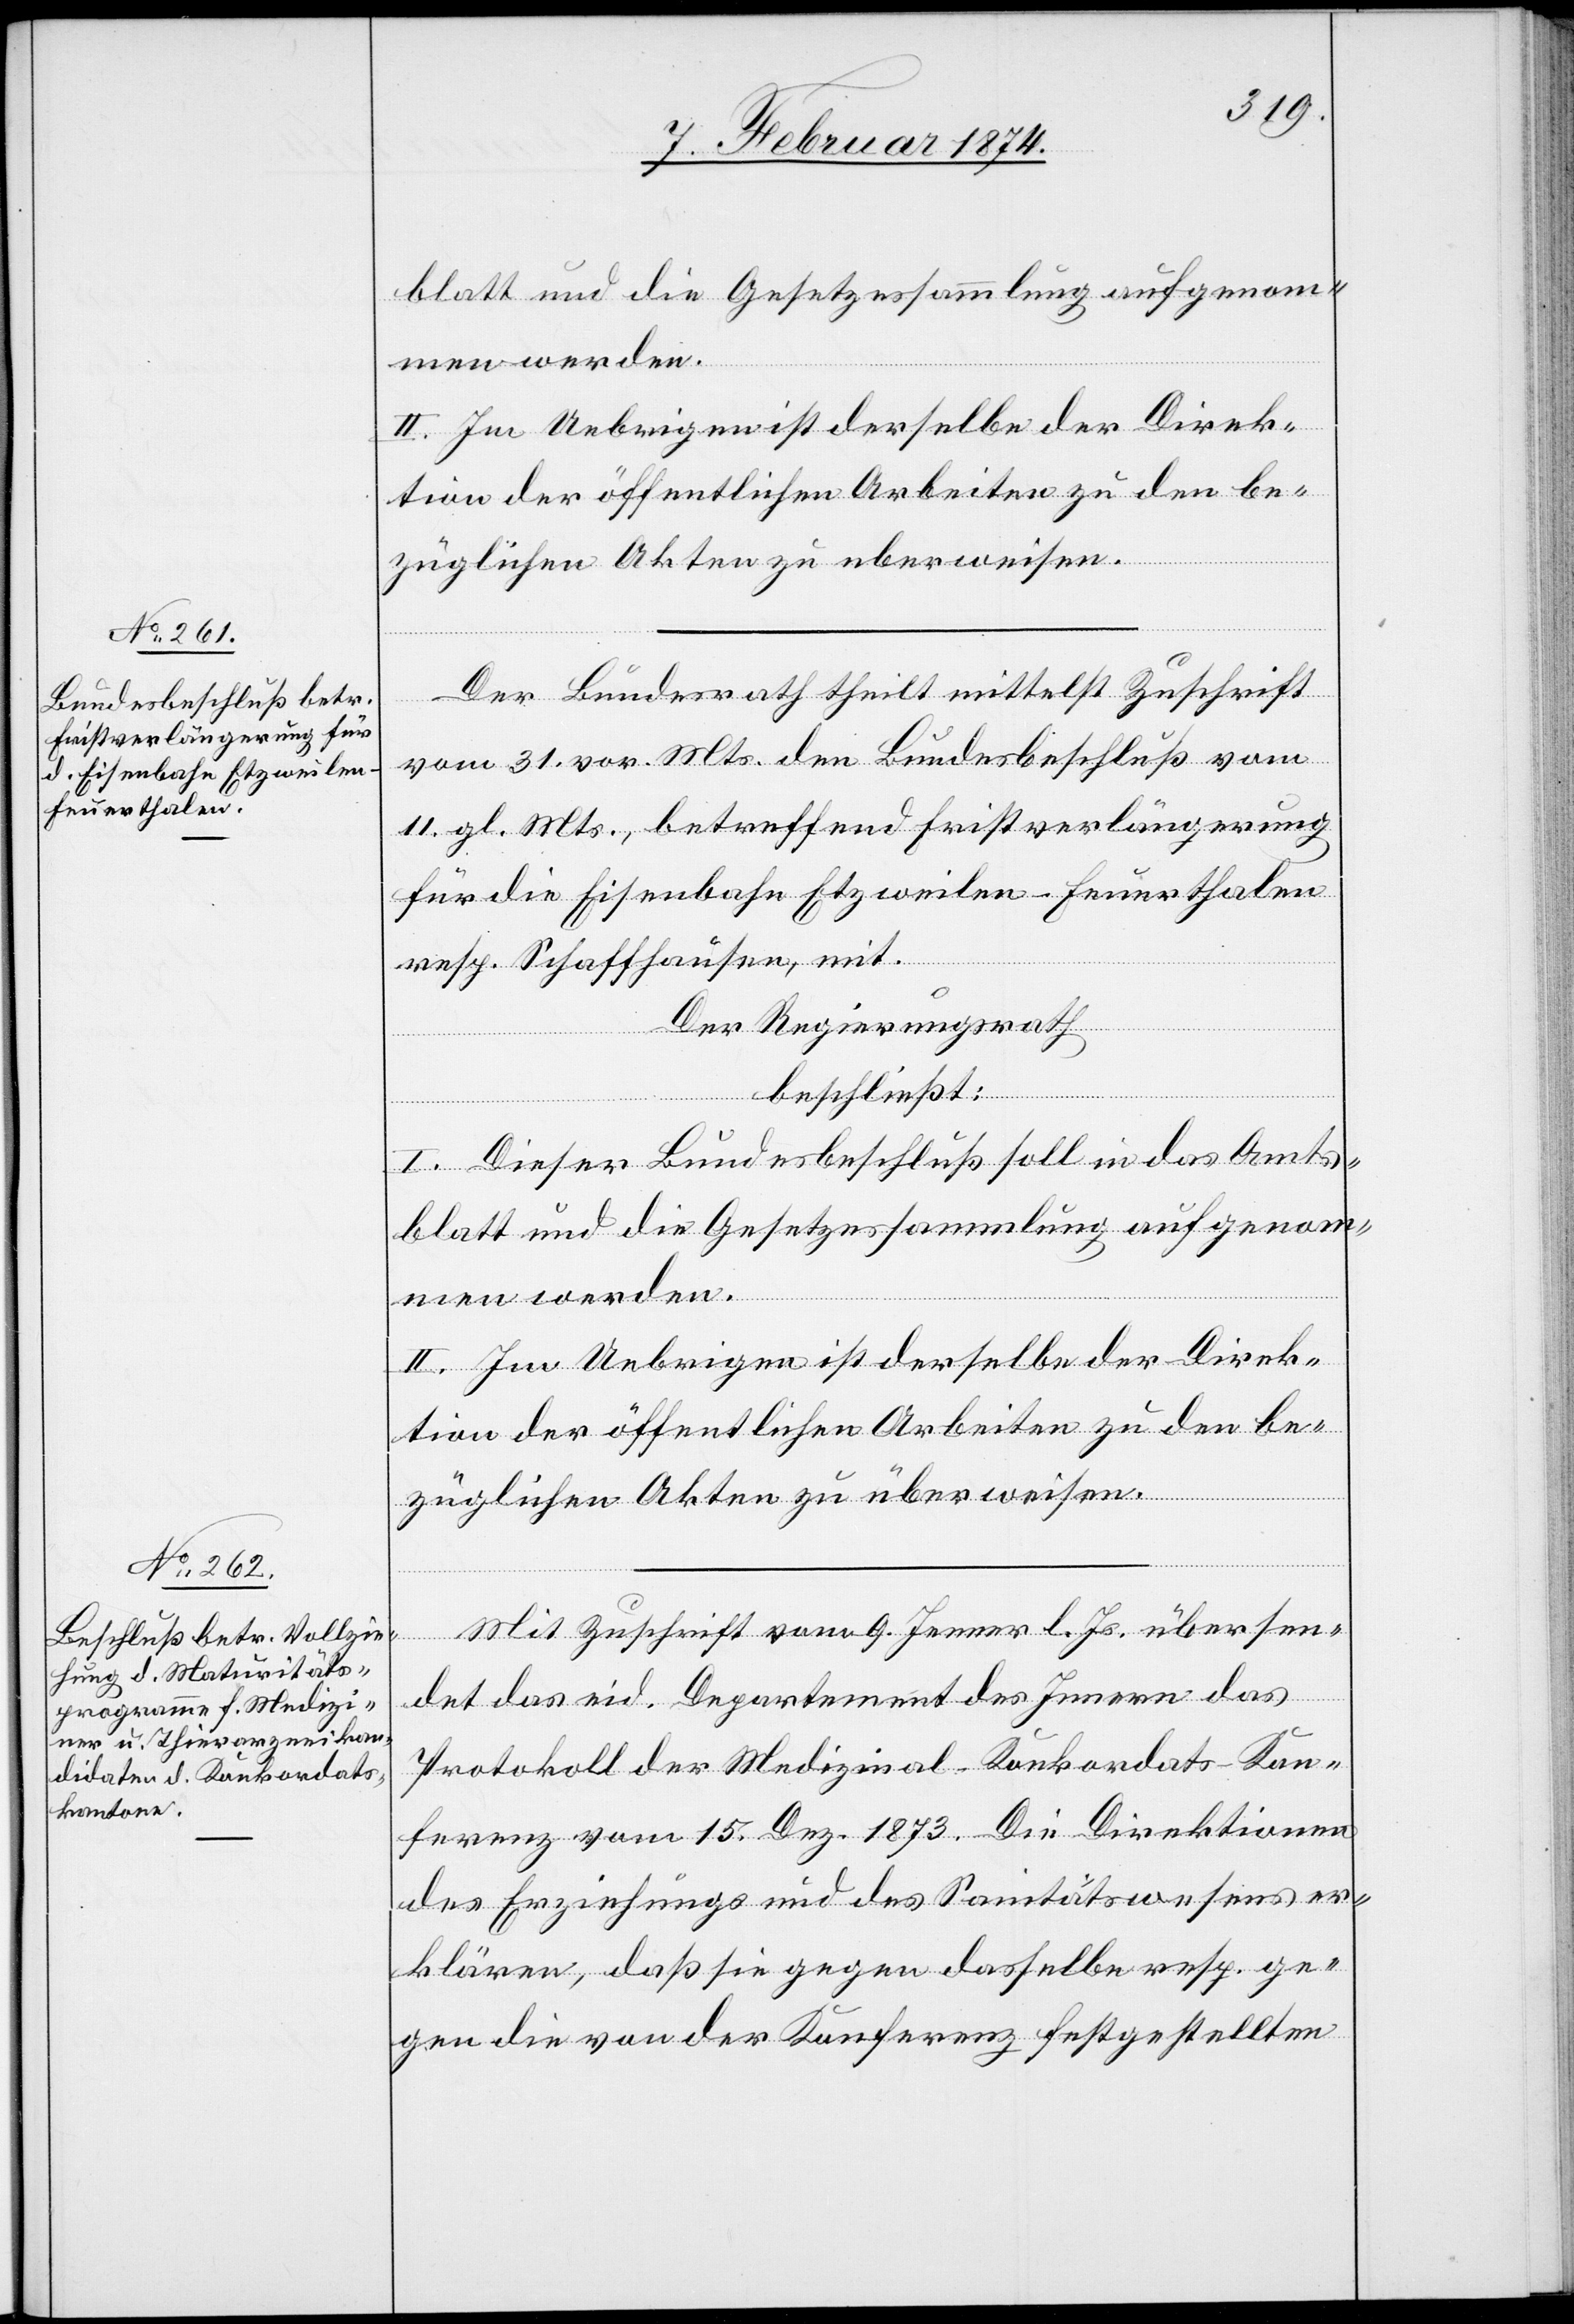
Der Bundesrath theilt mittelst Zuschrift
vom 31. vor. Mts. den Bundesbeschluß vom
11. gl. Mts., betreffend Firstverlängerung
für die Eisenbahn Eztweilen-Feuerthalen
resp. Schaffhausen, mit.
Der Regierungsrath
beschließt:
I. Dieser Bundesbeschluß soll in das Amts¬
blatt und die Gesetzessammlung aufgenom¬
men werden.
II. Im Uebrigen ist derselbe der Direk¬
tion der öffentlichen Arbeiten zu den be¬
züglichen Akten zu überweisen.
Mit Zuschrift vom 9. Jenner l. Js. übersen¬
det das eid. Departement des Innern das
Protokoll der Medizinal-Konkordats-Kon¬
ferenz vom 15. Dez. 1873. Die Direktionen
des Erziehungs- und des Sanitätswesens er¬
klären, daß sie gegen dasselbe resp. ge¬
gen die von der Konferenz festgestellten